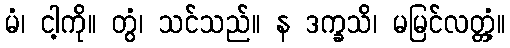
မံ၊ ငါ့ကို။ တွံ၊ သင်သည်။ န ဒက္ခသိ၊ မမြင်လတ္တံ့။